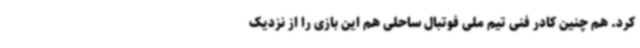
کرد. هم چنین کادر فنی تیم ملی فوتبال ساحلی هم این بازی را از نزدیک